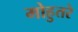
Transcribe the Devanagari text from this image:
मोहुतरे